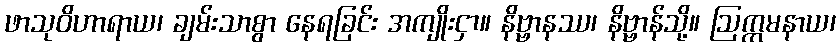
ဖာသုဝိဟာရာယ၊ ချမ်းသာစွာ နေရခြင်း အကျိုးငှာ။ နိဗ္ဗာနဿ၊ နိဗ္ဗာန်သို့။ ဩက္ကမနာယ၊